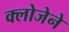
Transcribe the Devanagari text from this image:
क्लोजेने